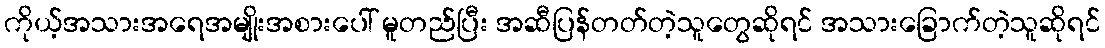
ကိုယ့်အသားအရေအမျိုးအစားပေါ် မူတည်ပြီး အဆီပြန်တတ်တဲ့သူတွေဆိုရင် အသားခြောက်တဲ့သူဆိုရင်